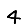
Digit: 4